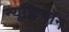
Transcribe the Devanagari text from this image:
न्यूक्लियॉन